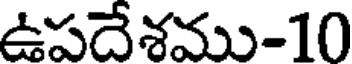
ఉపదేశము-10